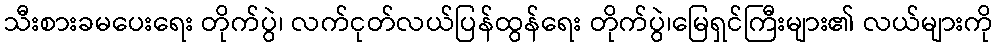
သီးစားခမပေးရေး တိုက်ပွဲ၊ လက်ငုတ်လယ်ပြန်ထွန်ရေး တိုက်ပွဲ၊မြေရှင်ကြီးများ၏ လယ်များကို